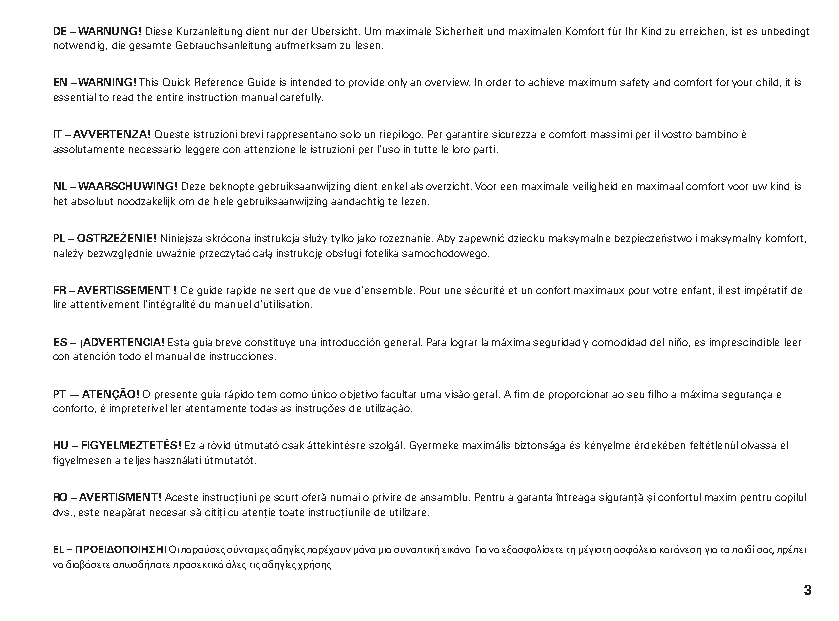
DE – WARNUNG! Diese Kurzanleitung dient nur der Übersicht. Um maximale Sicherheit und maximalen Komfort für Ihr Kind zu erreichen, ist es unbedingt
 notwendig, die gesamte Gebrauchsanleitung aufmerksam zu lesen.
 EN – WARNING! This Quick Reference Guide is intended to provide only an overview. In order to achieve maximum safety and comfort for your child, it is
 essential to read the entire instruction manual carefully.
 IT – AVVERTENZA! Queste istruzioni brevi rappresentano solo un riepilogo. Per garantire sicurezza e comfort massimi per il vostro bambino è
 assolutamente necessario leggere con attenzione le istruzioni per l’uso in tutte le loro parti.
 NL – WAARSCHUWING! Deze beknopte gebruiksaanwijzing dient enkel als overzicht. Voor een maximale veiligheid en maximaal comfort voor uw kind is
 het absoluut noodzakelijk om de hele gebruiksaanwijzing aandachtig te lezen.
 PL – OSTRZEŻENIE! Niniejsza skrócona instrukcja służy tylko jako rozeznanie. Aby zapewnić dziecku maksymalne bezpieczeństwo i maksymalny komfort,
 należy bezwzględnie uważnie przeczytać całą instrukcję obsługi fotelika samochodowego.
 FR – AVERTISSEMENT ! Ce guide rapide ne sert que de vue d’ensemble. Pour une sécurité et un confort maximaux pour votre enfant, il est impératif de
 lire attentivement l’intégralité du manuel d’utilisation.
 ES – ¡ADVERTENCIA! Esta guía breve constituye una introducción general. Para lograr la máxima seguridad y comodidad del niño, es imprescindible leer
 con atención todo el manual de instrucciones.
 PT — ATENÇÃO! O presente guia rápido tem como único objetivo facultar uma visão geral. A fim de proporcionar ao seu filho a máxima segurança e
 conforto, é impreterível ler atentamente todas as instruções de utilização.
 HU – FIGYELMEZTETÉS! Ez a rövid útmutató csak áttekintésre szolgál. Gyermeke maximális biztonsága és kényelme érdekében feltétlenül olvassa el
 figyelmesen a teljes használati útmutatót.
 RO – AVERTISMENT! Aceste instrucțiuni pe scurt oferă numai o privire de ansamblu. Pentru a garanta întreaga siguranță și confortul maxim pentru copilul
 dvs., este neapărat necesar să citiți cu atenție toate instrucțiunile de utilizare.
 EL – ΠΡΟΕΙΔΟΠΟΙΗΣΗ! Οι παρούσες σύντομες οδηγίες παρέχουν μόνο μια συνοπτική εικόνα. Για να εξασφαλίσετε τη μέγιστη ασφάλεια και άνεση για το παιδί σας, πρέπει
 να διαβάσετε οπωσδήποτε προσεκτικά όλες τις οδηγίες χρήσης.
 3